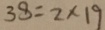
3 8 = 2 \times 1 9